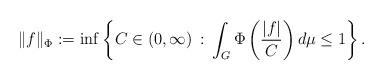
LaTeX: \begin{align*}\|f\|_{\Phi}:=\inf\left\{C\in (0,\infty)\, :\, \int_G\Phi\left(\frac{|f|}{C}\right)d\mu\le 1\right\}.\end{align*}